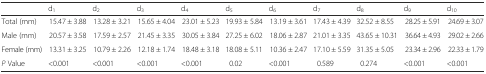
|  | d1 | d2 | d3 | d4 | d5 | d6 | d7 | d8 | d9 | d10 |
 | --- | --- | --- | --- | --- | --- | --- | --- | --- | --- | --- |
 | Total (mm) | 15.47 ± 3.88 | 13.28 ± 3.21 | 15.65 ± 4.04 | 23.01 ± 5.23 | 19.93 ± 5.84 | 13.19 ± 3.61 | 17.43 ± 4.39 | 32.52 ± 8.55 | 28.25 ± 5.91 | 24.69 ± 3.07 |
 | Male (mm) | 20.57 ± 3.58 | 17.59 ± 2.57 | 21.45 ± 3.35 | 30.05 ± 3.84 | 27.25 ± 6.02 | 18.06 ± 2.87 | 21.01 ± 3.35 | 43.65 ± 10.31 | 36.64 ± 4.93 | 29.02 ± 2.66 |
 | Female (mm) | 13.31 ± 3.25 | 10.79 ± 2.26 | 12.18 ± 1.74 | 18.48 ± 3.18 | 18.08 ± 5.11 | 10.36 ± 2.47 | 17.10 ± 5.59 | 31.35 ± 5.05 | 23.34 ± 2.96 | 22.33 ± 1.79 |
 | P Value | <0.001 | <0.001 | <0.001 | <0.001 | 0.02 | <0.001 | 0.589 | 0.274 | <0.001 | <0.001 |